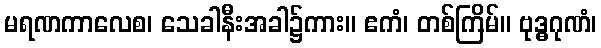
မရဏကာလေစ၊ သေခါနီးအခါ၌ကား။ ဧကံ၊ တစ်ကြိမ်။ ဗုဒ္ဓဂုဏံ၊